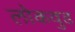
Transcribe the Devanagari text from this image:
लोकवुड